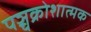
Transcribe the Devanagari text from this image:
पञ्चक्रोशात्मक